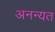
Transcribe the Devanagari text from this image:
अनन्यत